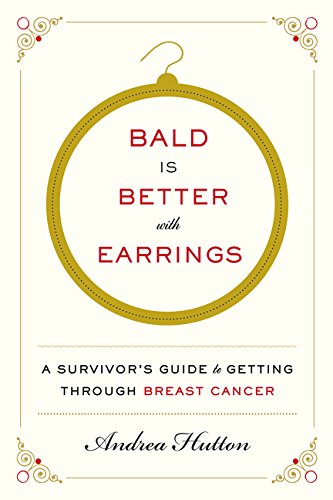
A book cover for Bald Is Better with Earrings: A Survivor's Guide to Getting Through Breast Cancer; Andrea Hutton; Health, Fitness & Dieting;